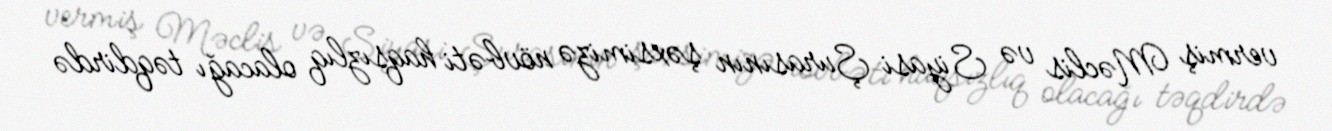
vermiş Məclis və Siyasi Şurasının şəxsimizə növbəti haqsızlıq olacağı təqdirdə